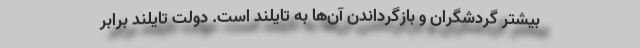
بیشتر گردشگران و بازگرداندن آن‌ها به تایلند است. دولت تایلند برابر